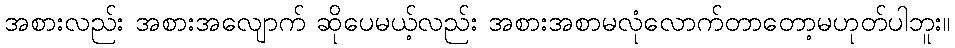
အစားလည်း အစားအလျောက် ဆိုပေမယ့်လည်း အစားအစာမလုံလောက်တာတော့မဟုတ်ပါဘူး။